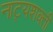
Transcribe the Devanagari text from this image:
नाट्यशक्ती